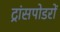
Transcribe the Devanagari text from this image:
ट्रांसपोडरों